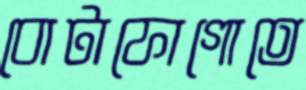
বোটাফোগোতে